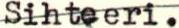
Sihteeri.